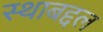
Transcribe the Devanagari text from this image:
स्थाबद्दल